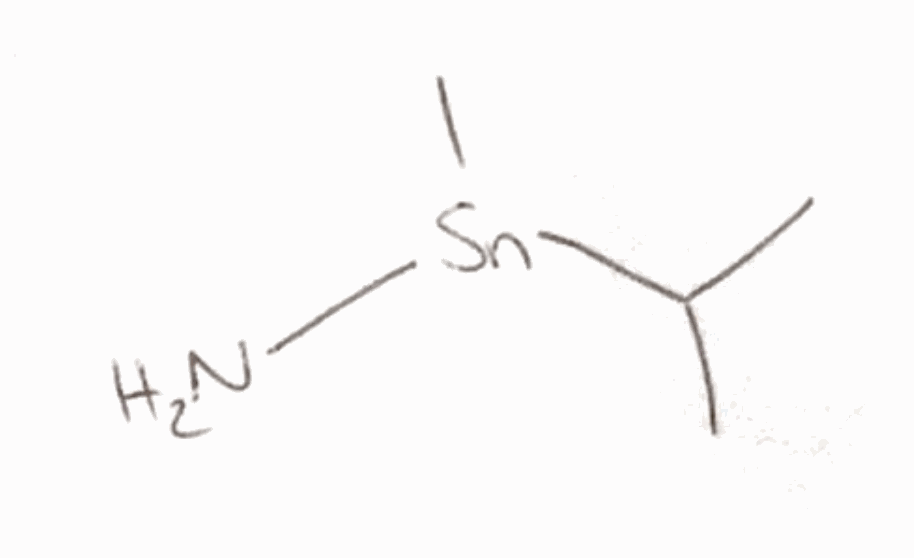
Simplified molecular-input line-entry system (SMILES) notation of the given molecule:
CC(C)[Sn](C)N